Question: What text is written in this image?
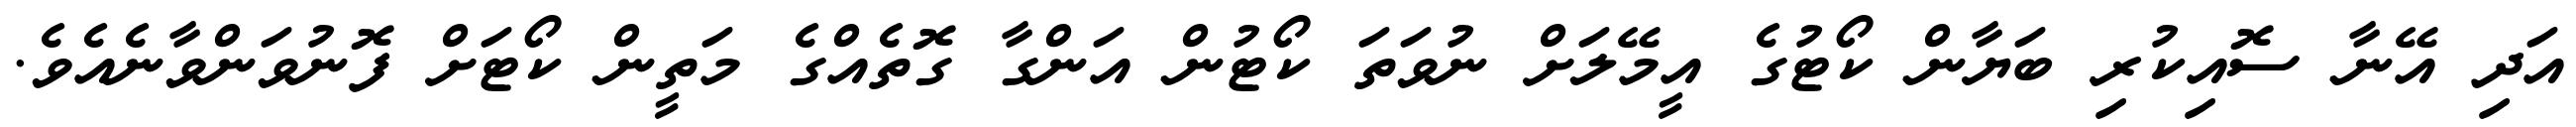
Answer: އަދި އޭނާ ސޮއިކުރި ބަޔާން ކޯޓުގެ އީމޭލަށް ނުވަތަ ކޯޓުން އަންގާ ގޮތެއްގެ މަތީން ކޯޓަށް ފޮނުވަންވާނެއެވެ.